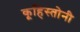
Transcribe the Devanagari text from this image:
कूहिस्तोनी